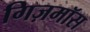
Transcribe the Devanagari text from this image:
गिज़मॉस